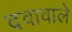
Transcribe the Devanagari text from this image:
दवावाले